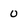
Character: 0